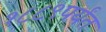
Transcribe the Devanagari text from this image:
१८८९पर्यंत